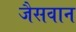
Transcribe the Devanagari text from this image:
जैसवान